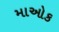
માઓક